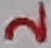
Text: 2